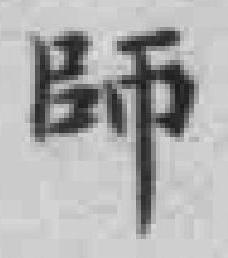
師